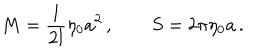
LaTeX: M = \frac { 1 } { 2 l } \eta _ { 0 } a ^ { 2 } \, , \qquad S = 2 \pi \eta _ { 0 } a \, .